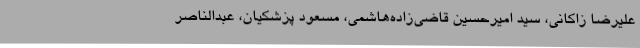
علیرضا زاکانی، سید امیرحسین قاضی‌زاده‌هاشمی، مسعود پزشکیان، عبدالناصر